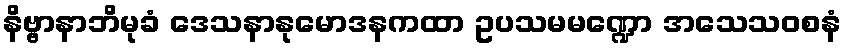
နိဗ္ဗာနာဘိမုခံ ဒေသနာနုမောဒနကထာ ဥပသမမဏ္ဍော အသေသဝစနံ